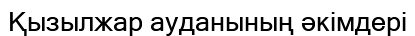
Қызылжар ауданының әкімдері